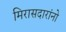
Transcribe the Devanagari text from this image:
मिरासदारांनो